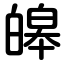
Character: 皞